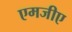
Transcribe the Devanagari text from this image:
एमजीए